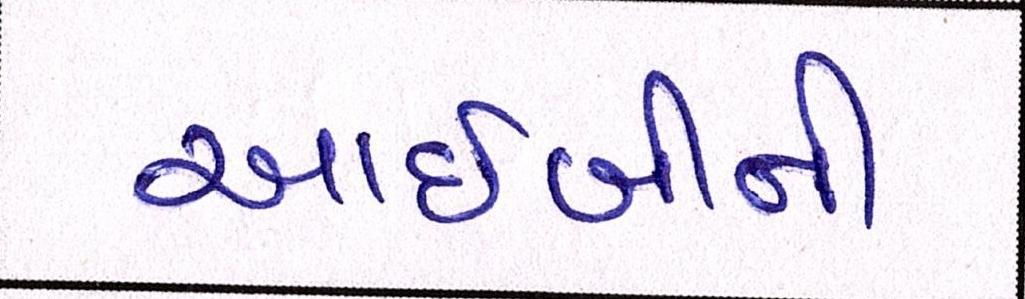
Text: આઈબીની